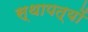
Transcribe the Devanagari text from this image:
स्थापत्यों